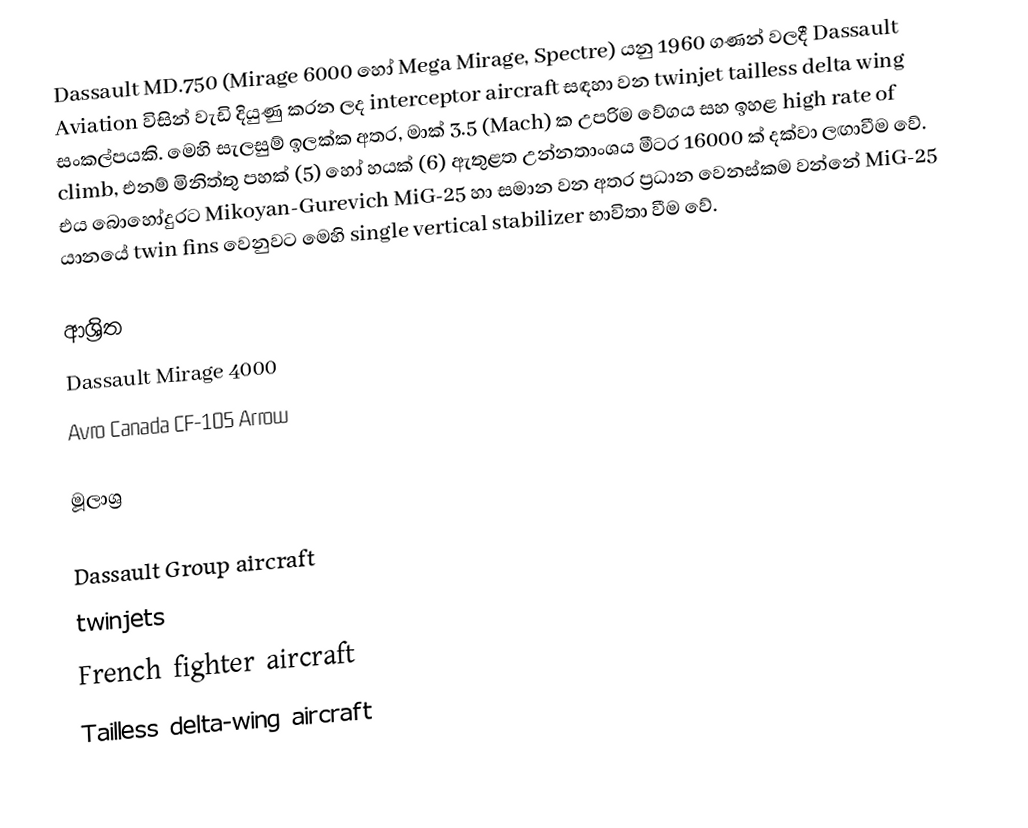
Dassault MD.750 (Mirage 6000 හෝ Mega Mirage, Spectre) යනු 1960 ගණන් වලදී Dassault Aviation විසින් වැඩි දියුණු කරන ලද interceptor aircraft සඳහා වන twinjet tailless delta wing සංකල්පයකි. මෙහි සැලසුම් ඉලක්ක අතර, මාක් 3.5 (Mach) ක උපරිම වේගය සහ ඉහළ high rate of climb, එනම් මිනිත්තු  පහක් (5) හෝ හයක් (6) ඇතුළත උන්නතාංශය මීටර 16000 ක් දක්වා ලඟාවීම වේ. එය බොහෝදුරට Mikoyan-Gurevich MiG-25 හා සමාන වන අතර ප්‍රධාන වෙනස්කම වන්නේ MiG-25 යානයේ twin fins වෙනුවට මෙහි single vertical stabilizer භාවිතා වීම වේ.

ආශ්‍රිත
 Dassault Mirage 4000
 Avro Canada CF-105 Arrow

මූලාශ්‍ර

Dassault Group aircraft
twinjets
French fighter aircraft
Tailless delta-wing aircraft